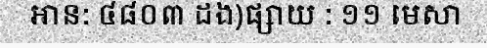
អាន: ៤៨០៣ ដង)ផ្សាយ : ១១ មេសា